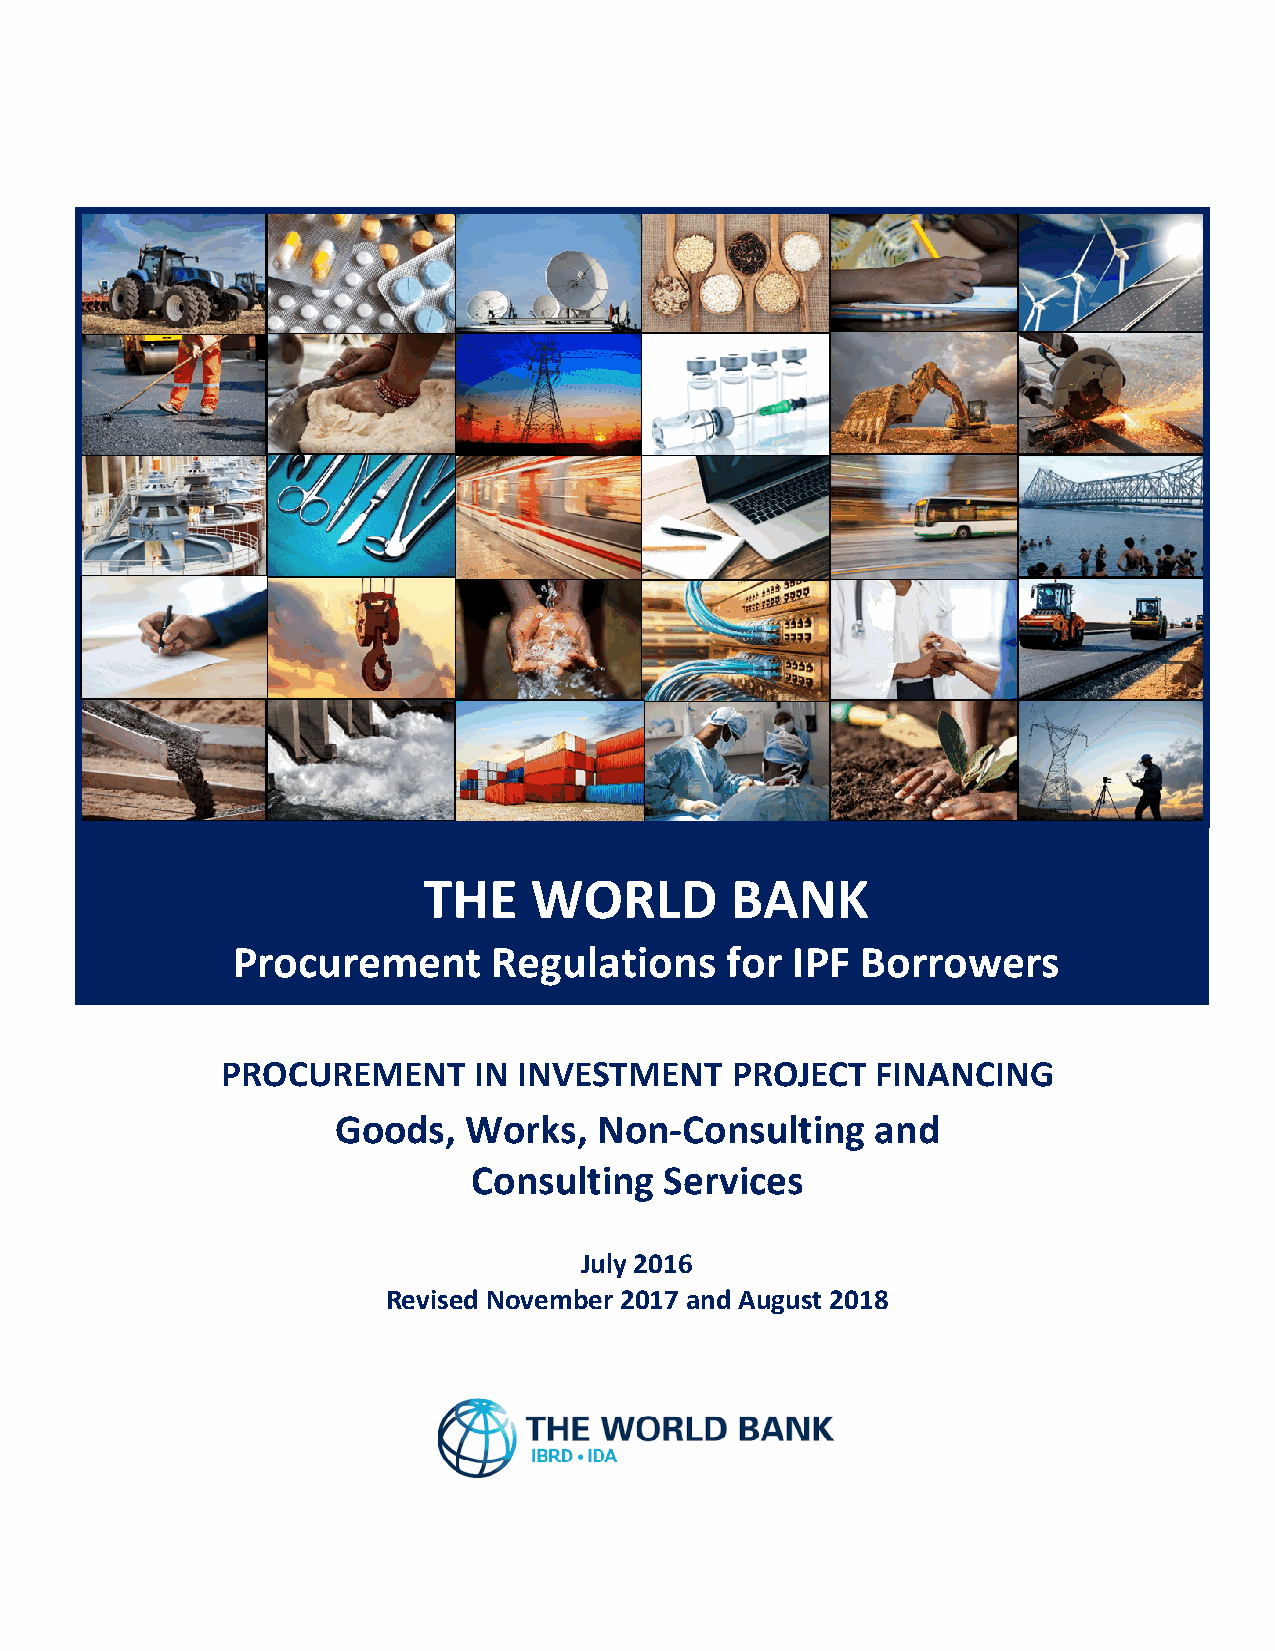
THE    WORLD        BANK
 Procurement       Regulations    for IPF  Borrowers
 PROCUREMENT     IN INVESTMENT    PROJECT   FINANCING
 Goods,   Works,   Non-Consulting    and
 Consulting   Services
 July 2016
 Revised November 2017 and August 2018
 THE    WORLD        BANK
 Procurement      Regulations     for IPF  Borrowers